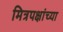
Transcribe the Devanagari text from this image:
मित्रपक्षांच्या